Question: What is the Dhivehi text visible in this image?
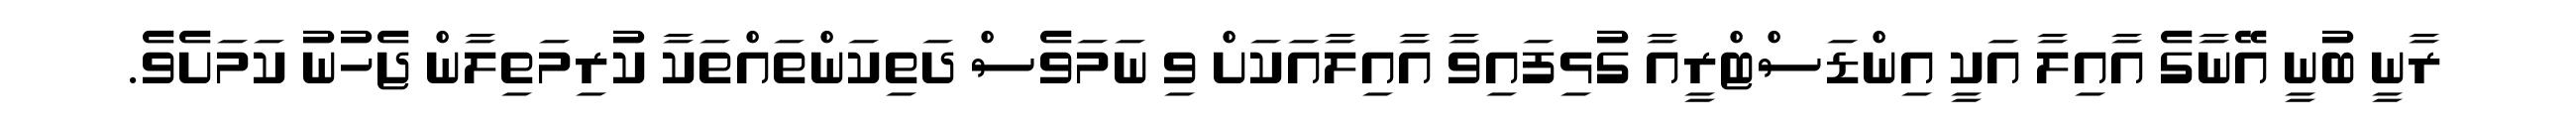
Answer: ރާނީ ބުނީ އޭނާގެ އާއިލާ އަކީ އިންޑަސްޓްރީއާ ގުޅިފައިވާ އާއިލާއަކަށް ވި ނަމަވެސް ދަތިކަންތައްތަކާ ކުރިމަތިލާން ޖެހުނު ކަމަށެވެ.